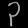
Digit: ၃